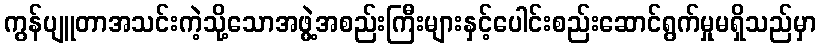
ကွန်ပျူတာအသင်းကဲ့သို့သောအဖွဲ့အစည်းကြီးများနှင့်ပေါင်းစည်းဆောင်ရွက်မှုမရှိသည်မှာ